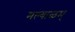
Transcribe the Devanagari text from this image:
मल्याळम्